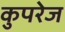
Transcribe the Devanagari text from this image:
कुपरेज